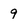
Character: 9